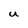
Character: U